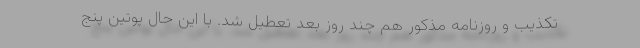
تکذیب و روزنامه مذکور هم چند روز بعد تعطیل شد. با این حال پوتین پنج